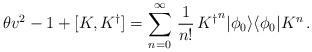
LaTeX: \begin{align*}\theta v^{2}-1+[K,{K^\dagger}]=\displaystyle{\sum_{n=0}^{\infty}\,\frac{1}{n!}}\, {K^\dagger}^{n}| \phi_0\rangle\langle \phi_0| K^{n}\,.\end{align*}